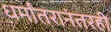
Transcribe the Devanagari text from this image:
धर्मांतरानंतरही